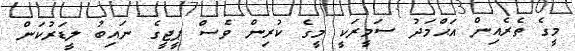
މީގެ ތެރެއިން އަޙްމަދު ސަމީރަކީ މީގެ ކުރިން ވެސް ޕީޖީގެ ނައިބު ލީޑަރުކަން